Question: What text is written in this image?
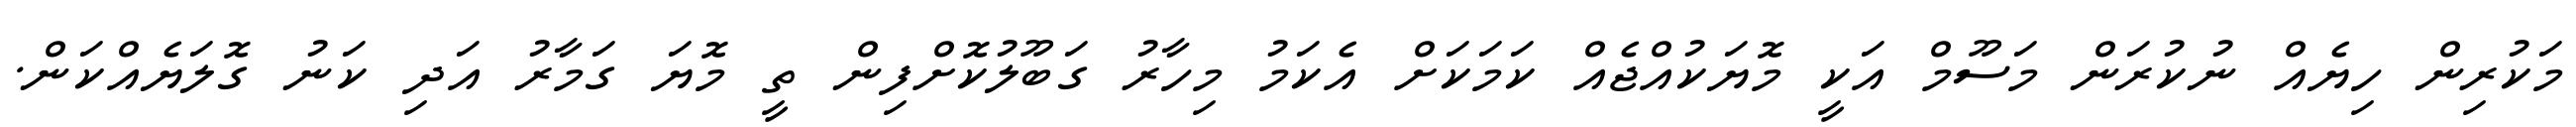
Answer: މަކުރިން ހިޔެއް ނުކުރަން މަސޫމް އަކީ މޮޔަކުއްޖެއް ކަމަކަށް އެކަމު މިހާރު ގަބޫލުކޮށްފިން ތީ މޮޔަ ގަމާރު އަދި ކަނު ގޮލަޔެއްކަން.